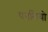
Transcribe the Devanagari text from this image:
पगलियो